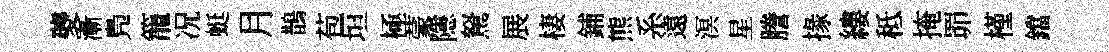
夔漸鳬籠况蜓月鵲苞垣極蒙隱駑展棲鋪熊系遠溟星謄掾縷秪掩𦊑槿鐺